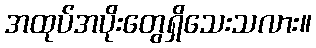
အထုပ်အပိုးတွေရှိသေးသလား။